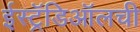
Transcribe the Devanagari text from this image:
ईस्ट्रॅडिऑलची